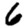
Digit: 6